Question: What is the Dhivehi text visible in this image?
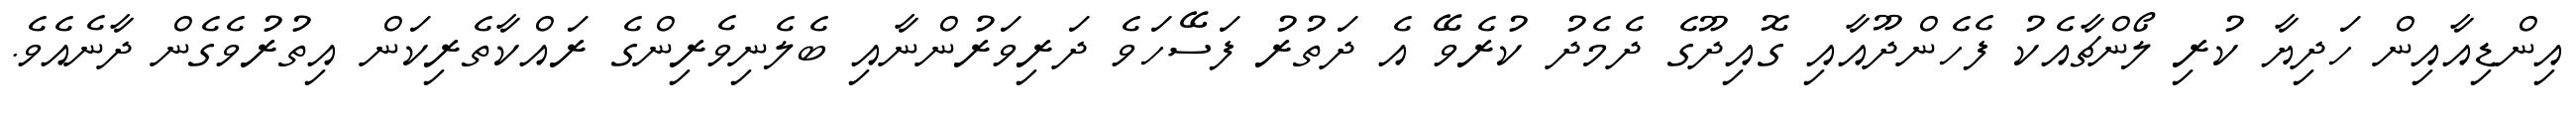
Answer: އިންޑިއާއިން ހަދިޔާ ކުރި ލޯންޗާއެކު ފެހެންދޫއާއި ގޮއިދޫގެ ދެމެދު ކުރެވޭ އެ ދަތުރު ފަސޭހަވެ ދަރިވަރުންނާއި ބެލެނިވެރިންގެ ރައްކާތެރިކަން އިތުރުވެގެން ދާނެއެވެ.